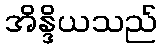
အိန္ဒိယသည်